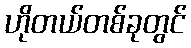
ဟိုတယ်တစ်ခုတွင်